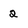
Character: 2